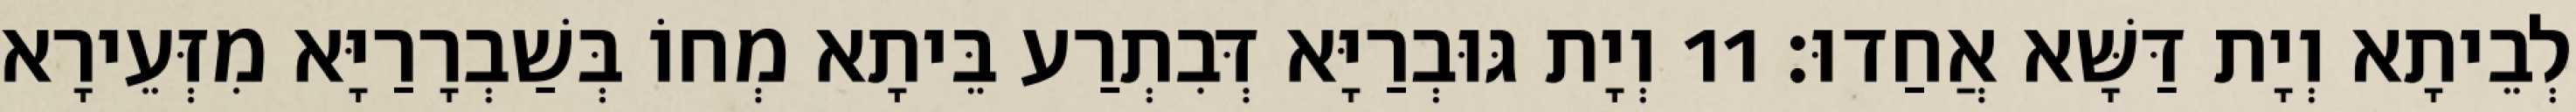
לְבֵיתָא וְיָת דַּשָּׁא אֲחַדוּ׃ 11 וְיָת גּוּבְרַיָּא דְּבִתְרַע בֵּיתָא מְחוֹ בְּשַׁבְרָרַיָּא מִזְּעֵירָא